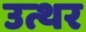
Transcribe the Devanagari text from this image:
उत्थर